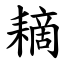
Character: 䎮